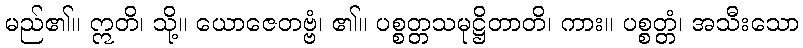
မည်၏။ ဣတိ၊ သို့။ ယောဇေတဗ္ဗံ၊ ၏။ ပစ္စတ္တသမုဋ္ဌိတာတိ၊ ကား။ ပစ္စတ္တံ၊ အသီးသော